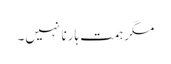
مگر ہمت ہارنا نہیں۔